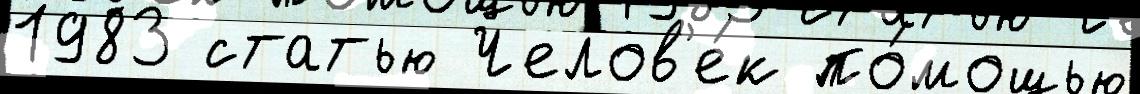
1983 статью Челов'е́к по́мощью